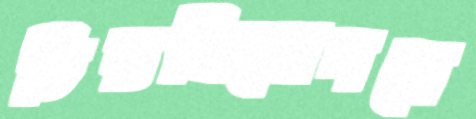
চিত্তবিনোদনে